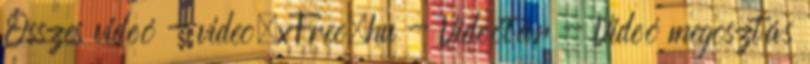
Összes videó - video.xFree.hu - Videótár - Videó megosztás